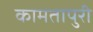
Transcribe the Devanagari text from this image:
कामतापुरी